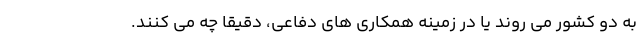
به دو کشور می روند یا در زمینه همکاری های دفاعی، دقیقاً چه می کنند.